Vaccination in Bombay 1856-1862 - 1856-1862
Year: 1856
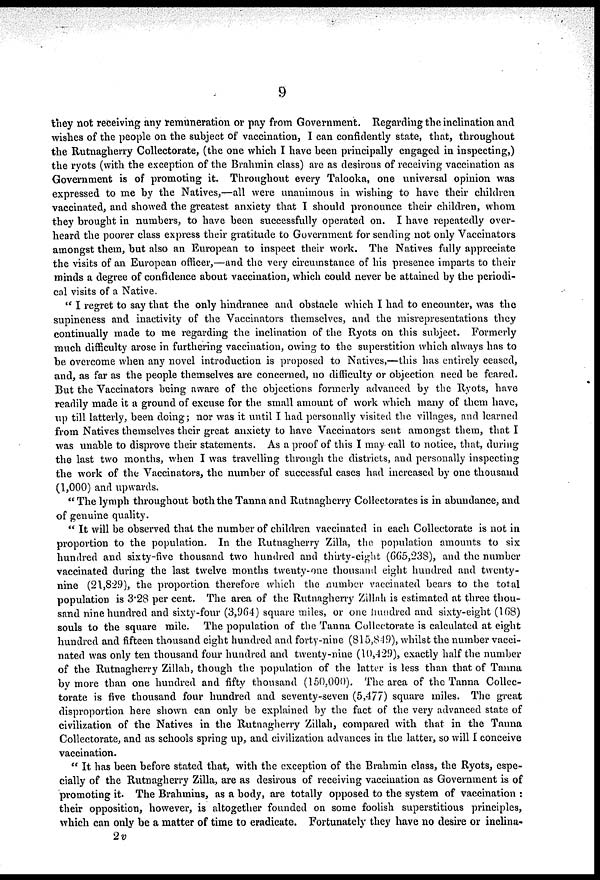
9
they not receiving any remuneration or pay from Government. Regarding the inclination and
wishes of the people on the subject of vaccination, I can confidently state, that, throughout
the Rutnagherry Collectorate, (the one which I have been principally engaged in inspecting,)
the ryots (with the exception of the Brahmin class) are as desirous of receiving vaccination as
Government is of promoting it. Throughout every Talooka, one universal opinion was
expressed to me by the Natives,—all were unanimous in wishing to have their children
vaccinated, and showed the greatest anxiety that I should pronounce their children, whom
they brought in numbers, to have been successfully operated on. I have repeatedly over-
heard the poorer class express their gratitude to Government for sending not only Vaccinators
amongst them, but also an European to inspect their work. The Natives fully appreciate
the visits of an European officer,—and the very circumstance of his presence imparts to their
minds a degree of confidence about vaccination, which could never be attained by the periodi¬
cal visits of a Native.
" I regret to say that the only hindrance and obstacle which I had to encounter, was the
supineness and inactivity of the Vaccinators themselves, and the misrepresentations they
continually made to me regarding the inclination of the Ryots on this subject. Formerly
much difficulty arose in furthering vaccination, owing to the superstition which always has to
be overcome when any novel introduction is proposed to Natives,—this has entirely ceased,
and, as far as the people themselves are concerned, no difficulty or objection need be feared.
But the Vaccinators being aware of the objections formerly advanced by the Ryots, have
readily made it a ground of excuse for the small amount of work which many of them have,
up till latterly, been doing; nor was it until I had personally visited the villages, and learned
from Natives themselves their great anxiety to have Vaccinators sent amongst them, that I
was unable to disprove their statements. As a proof of this I may call to notice, that, during
the last two months, when I was travelling through the districts, and personally inspecting
the work of the Vaccinators, the number of successful cases had increased by one thousand
(1,000) and upwards.
"The lymph throughout both the Tanna and Rutnagherry Collectorates is in abundance, and
of genuine quality.
" It will be observed that the number of children vaccinated in each Collectorate is not in
proportion to the population. In the Rutnagherry Zilla, the population amounts to six
hundred and sixty-five thousand two hundred and thirty-eight (665,238), and the number
vaccinated during the last twelve months twenty-one thousand eight hundred and twenty-
nine (21,829), the proportion therefore which the number vaccinated bears to the total
population is 3.28 per cent. The area of the Rutnagherry Zillah is estimated at three thou-
sand nine hundred and sixty-four (3,964) square miles, or one hundred and sixty-eight (168)
souls to the square mile. The population of the Tanna Collectorate is calculated at eight
hundred and fifteen thousand eight hundred and forty-nine (815,849), whilst the number vacci-
nated was only ten thousand four hundred and twenty-nine (10,429), exactly half the number
of the Rutnagherry Zillah, though the population of the latter is less than that of Tanna
by more than one hundred and fifty thousand (150,000). The area of the Tanna Collec-
torate is five thousand four hundred and seventy-seven (5,477) square miles. The great
disproportion here shown can only be explained by the fact of the very advanced state of
civilization of the Natives in the Rutnagherry Zillah, compared with that in the Tanna
Collectorate, and as schools spring up, and civilization advances in the latter, so will I conceive
vaccination.
" It has been before stated that, with the exception of the Brahmin class, the Ryots, espe-
cially of the Rutnagherry Zilla, are as desirous of receiving vaccination as Government is of
promoting it. The Brahmins, as a body, are totally opposed to the system of vaccination :
their opposition, however, is altogether founded on some foolish superstitious principles,
which can only be a matter of time to eradicate. Fortunately they have no desire or inclina-
2v